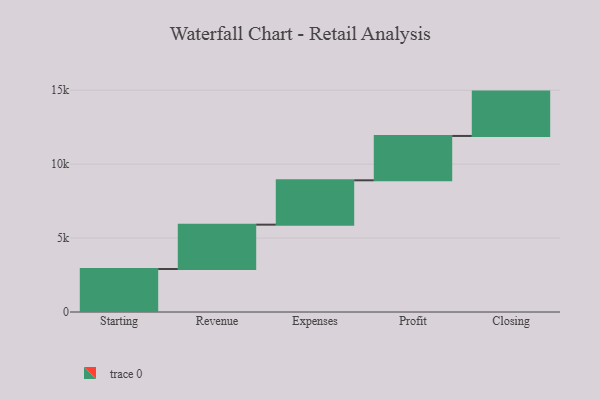
{"axis": {"x": "Step", "y": "Value"}, "legend": [""], "data": [{"x": "Starting", "y": 2908.0, "type": ""}, {"x": "Revenue", "y": 3000, "type": ""}, {"x": "Expenses", "y": 3000, "type": ""}, {"x": "Profit", "y": 3000, "type": ""}, {"x": "Closing", "y": 3000, "type": ""}]}